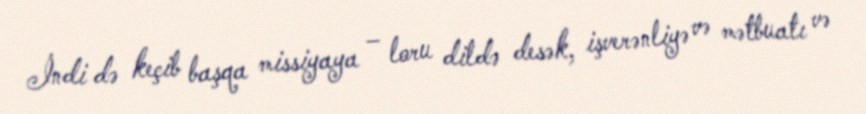
İndi də keçib başqa missiyaya – loru dildə desək, işverənliyə və mətbuatı və